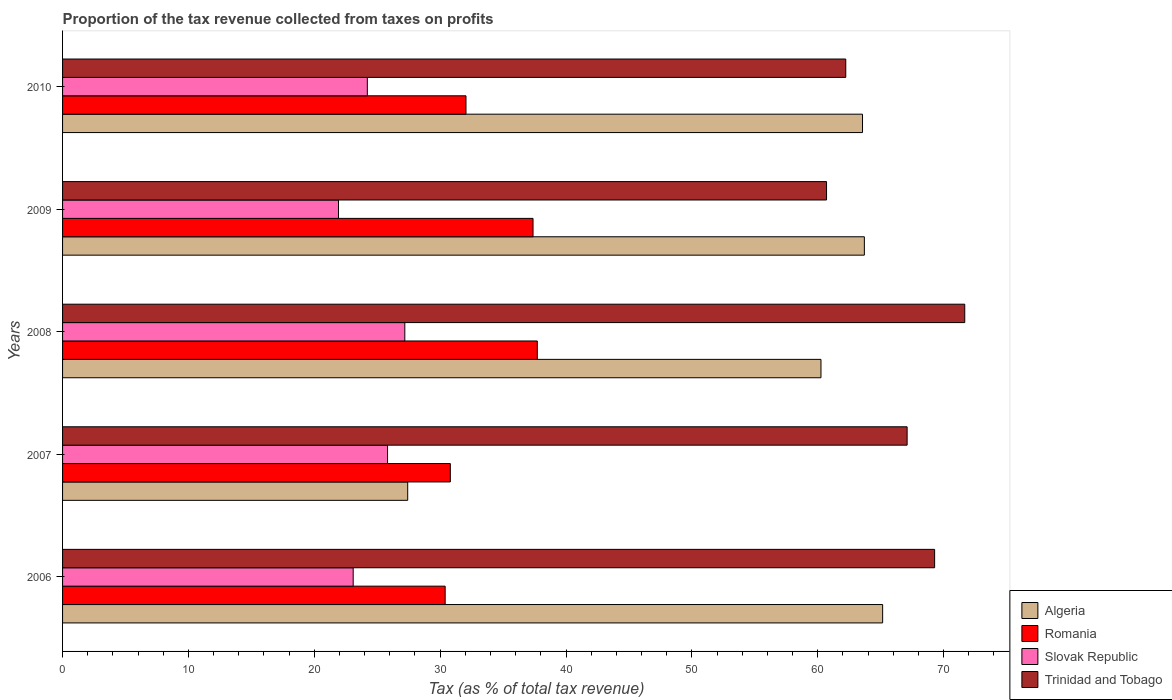
| Years | Algeria | Romania | Slovak Republic | Trinidad and Tobago |
 | --- | --- | --- | --- | --- |
 | 2006 | 65.2 | 30.4 | 23.1 | 69.3 |
 | 2007 | 27.4 | 30.8 | 25.8 | 67.1 |
 | 2008 | 60.3 | 37.7 | 27.2 | 71.7 |
 | 2009 | 63.7 | 37.4 | 21.9 | 60.7 |
 | 2010 | 63.6 | 32.1 | 24.2 | 62.2 |